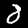
Digit: 8